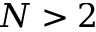
N > 2